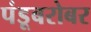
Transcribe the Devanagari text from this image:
पंडूबरोबर